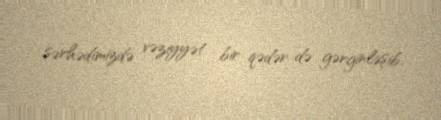
sərhədimizdə vəziyyət bir qədər də gərginləşib.